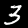
Label: 3